Civil Veterinary Department Bengal reports 1923-33 - 1923-1933
Year: 1923
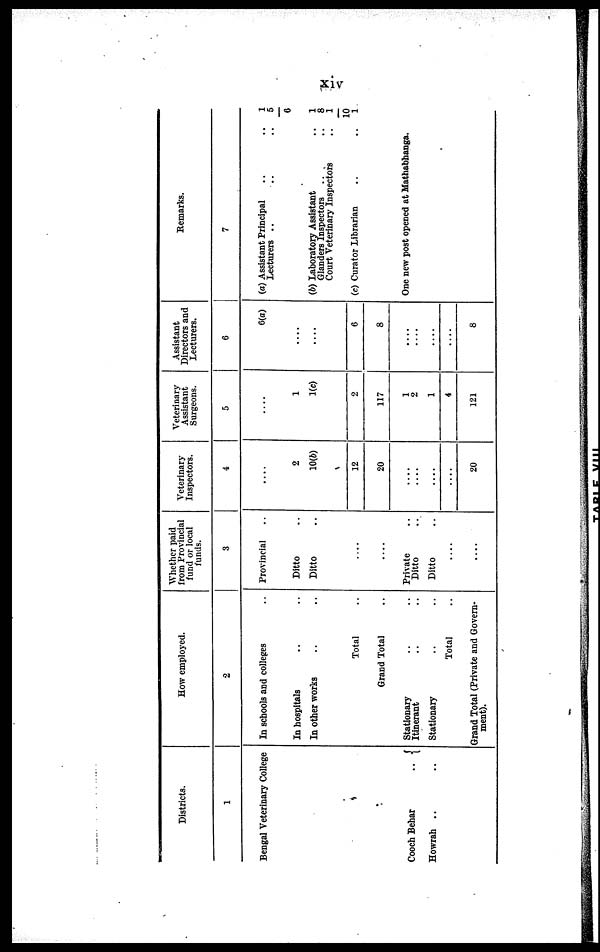
xiv
Districts.
1
Bengal Veterinary College
Cooch Behar
..
Howrah .. ..
How employed.
2
In schools and colleges ..
In hospitals .. ..
In other works .. ..
Total ..
Grand Total ..
Stationary .. ..
Itinerant .. ..
Stationary .. ..
Total ..
Grand Total (Private and Govern-
ment).
Whether paid
from Provincial
fund or local
funds.
3
Provincial ..
Ditto ..
Ditto ..
....
....
Private ..
Ditto ..
Ditto ..
....
....
Veterinary
Inspectors.
4
....
2
10(6)
12
20
....
....
....
....
20
Veterinary
Assistant
Surgeons.
5
....
1
1(c)
2
117
1
2
1
4
121
Assistant
Directors and
Lecturers.
6
6(a)
....
....
6
8
....
....
....
....
8
Remarks.
7
(a) Assistant Principal .. ..
Lecturers .. .. ..
(6) Laboratory Assistant ..
Glanders Inspectors .. ..
Court Veterinary Inspectors ..
(c) Curator Librarian .. ..
One new post opened at Mathabhanga.
1
5
6
1
8
1
10
1